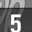
Digit: 5